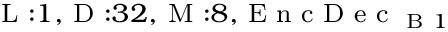
_ { \textrm { L } : 1 , \textrm { D } : 3 2 , \textrm { M } : 8 , \textrm { E n c D e c } _ { \textrm { B } 1 } }